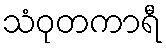
သံဝုတကာရီ